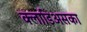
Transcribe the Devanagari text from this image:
क्लाडिअसका